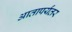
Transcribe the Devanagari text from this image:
आतापर्यंतर